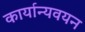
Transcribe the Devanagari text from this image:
कार्यान्यवयन